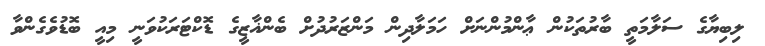
ލިބިޔާގެ ސަލާމަތީ ބާރުތަކުން ޢާންމުންނަށް ހަމަލާދިން މަންޒަރުދުށް ބެންޣާޒީގެ ޑޮކްޓަރަކުވަނީ މިއީ ބޮޑުވެގެންވާ